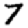
Digit: 7